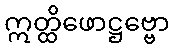
ဣတ္ထိဖောဋ္ဌဗ္ဗော